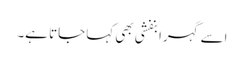
اسے گہرا بنفشی بھی کہا جاتا ہے۔